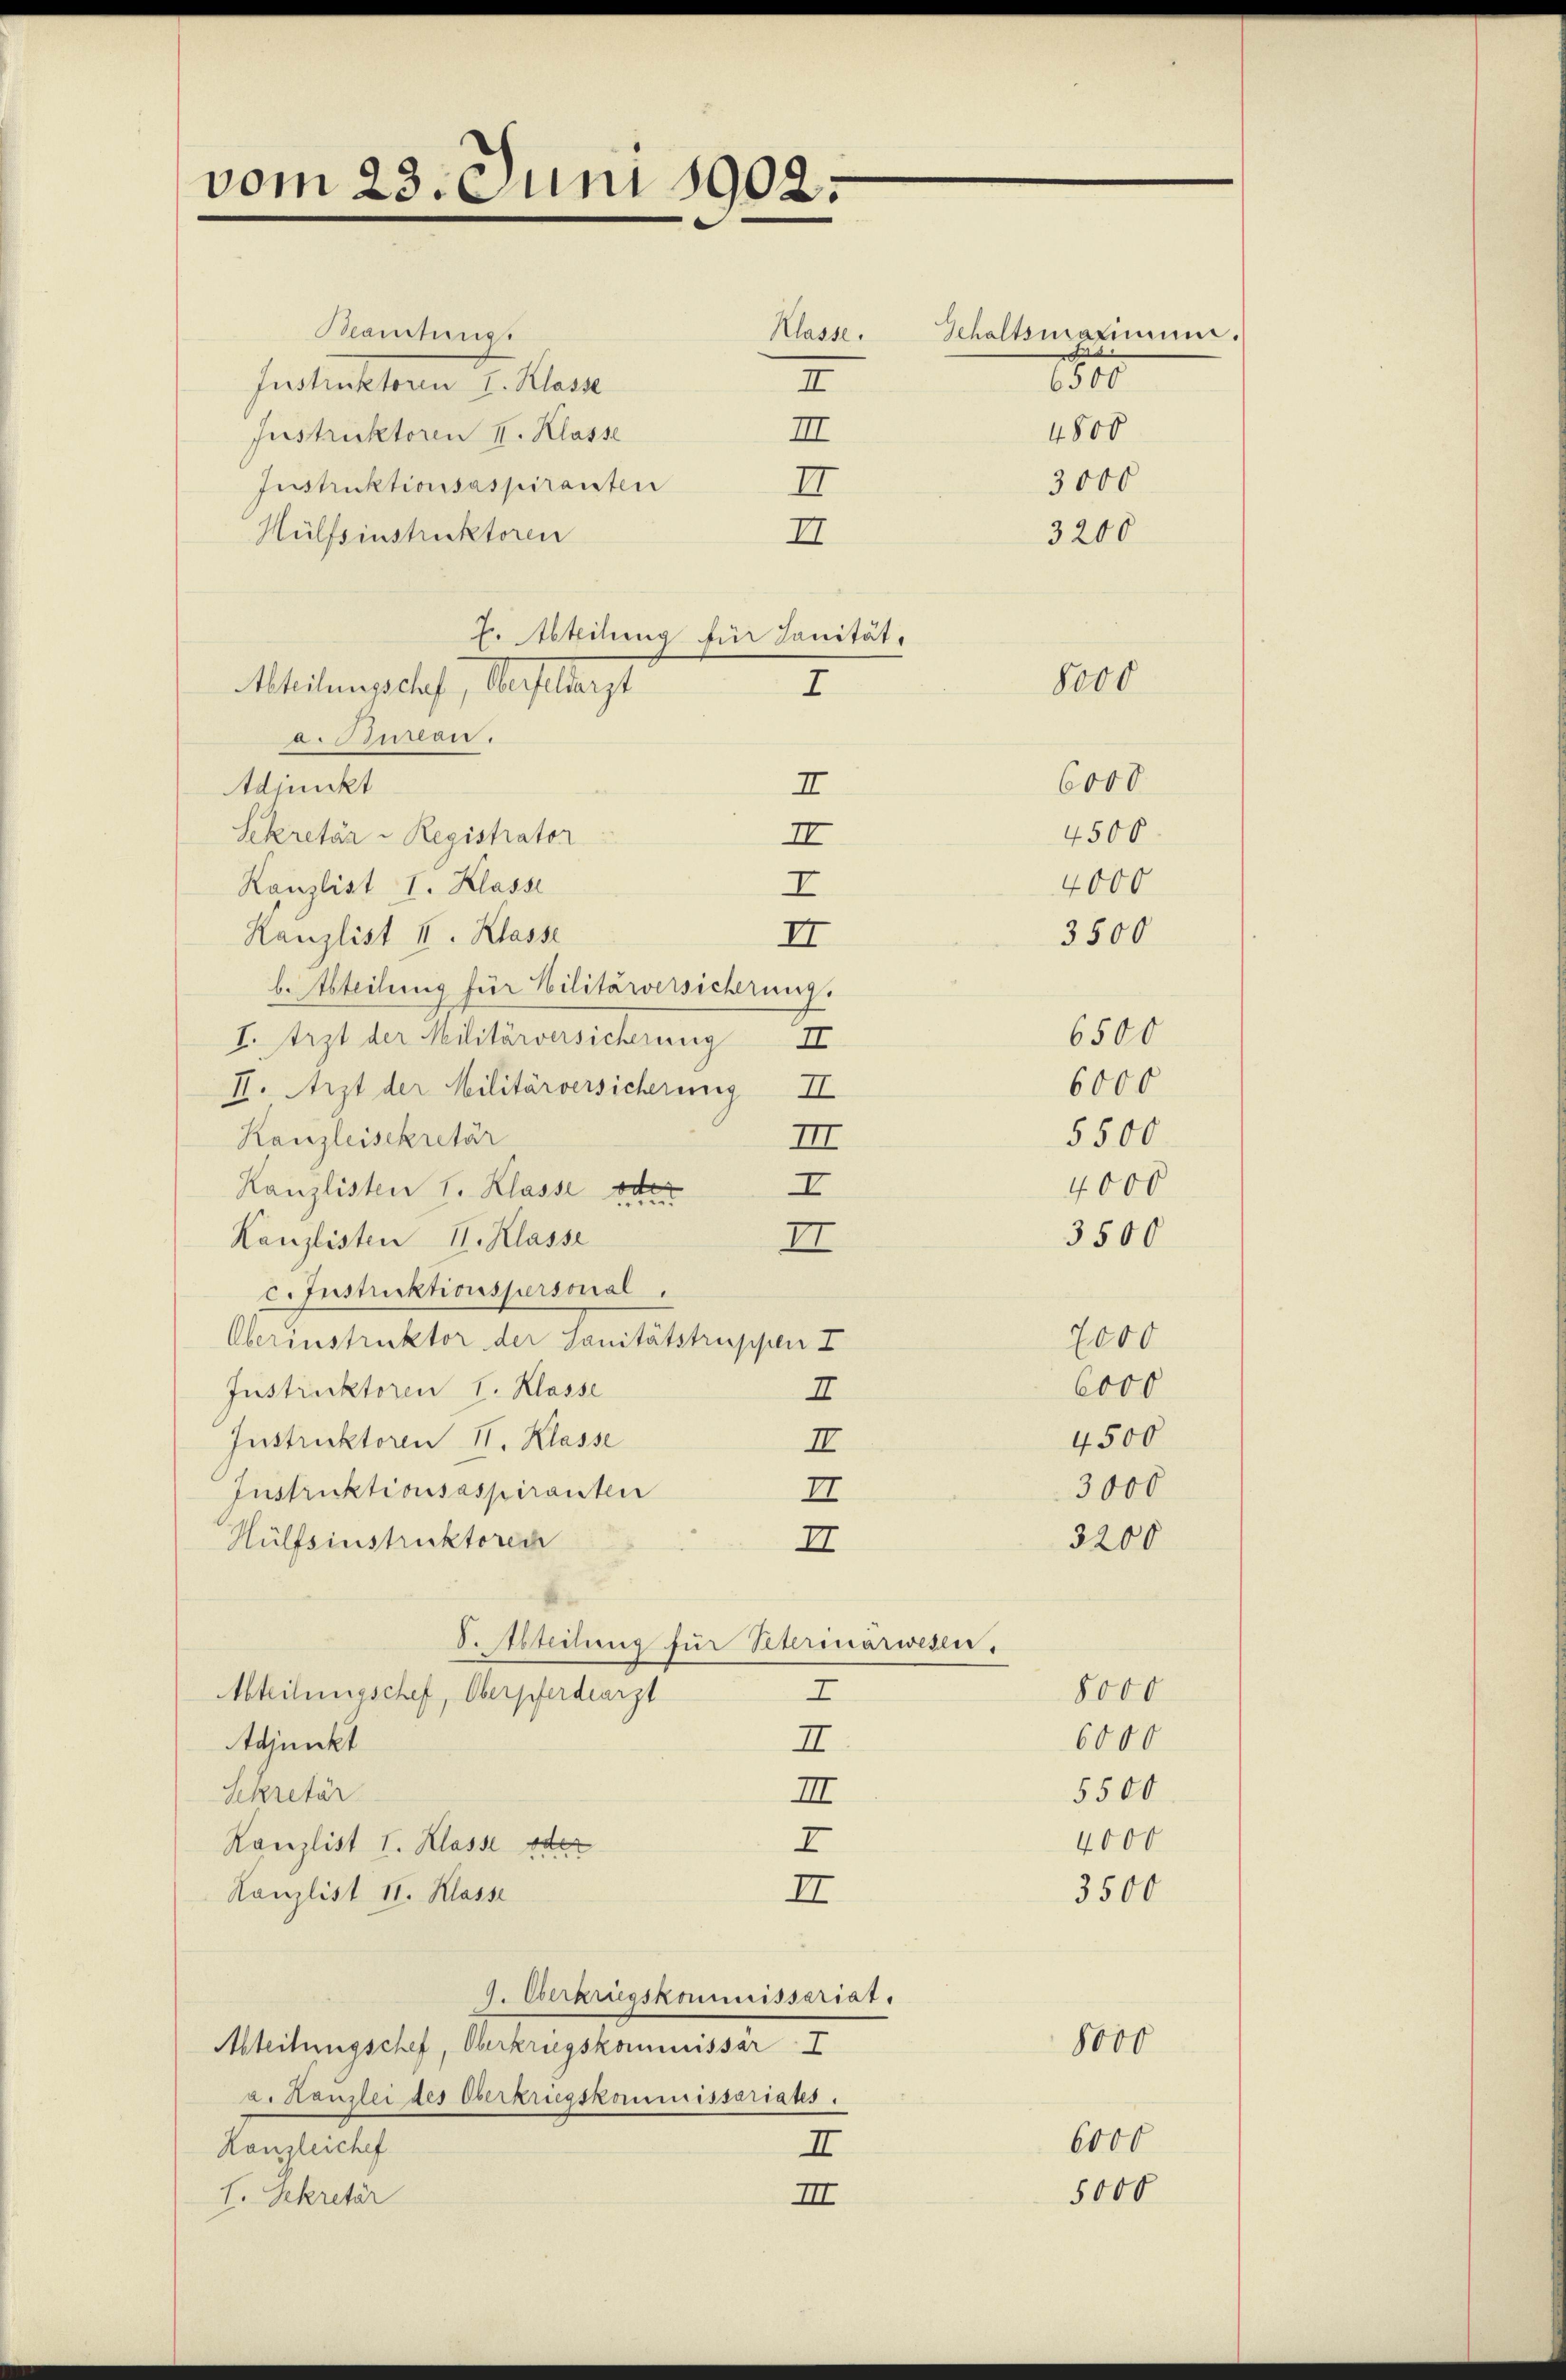
vom 23. Juni 1902.

Blanchens.
Instruktoren I. Klasse
II
Instruktoren II. Klasse
III
Instruktionsaspiranten
I
Hülfsinstruktoren
II
J. Abteilung für Sanität,
Mhilischef, Aestlangt
a. Bureau.
Adjunkt
Sekretär - Registrator
II
Kanzlist I. Klasse
I
Kanzlist I. Klasse
II
b. Abteilung für Militärversicherung.
I. Arzt der Militärversicherung II
II. Arzt der Militärversicherung II
Kanzleisekretär
Kanzlisten 1. Klasse de
Kanzlisten II. Klasse
II
c. Instruktionspersonal
Oberinstruktor der Sanitätstruppen I
Instruktoren I. Klasse
Instruktoren II. Klasse
Instruktionsaspiranten
Hülfsinstruktorech
S. Abteilung für Peterinarwesen.
Abteilungschef, Oberpferdearzt
Adjunkt
Sekretär
Kanzlist I. Klasse ve
I
Kanzlist II. Klasse
3500
II
9. Oberkriegskommissariat.
Abteilungschef, Oberkriegskommissar I
8000
v. Kanzlei des Oberkriegskommissariates.
6000
Kanzleischef
II
5000
III
I. Sekretär

Klasse. Gehaltsmaximum.

3200
8000
I
6000
II
4500
4000
3500
6500
6000
5500
II
4000
I
3500
7000
6000
I
4500
II
3000
II
3200
II
8000
Z
6000
II
5500
II
4000

6500
4800

3000